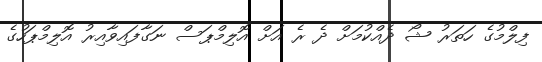
ފިލްމުގެ ހަތަރު ޝޯ ދެއްކުމަށް ދެ ރެ އަށް އޮލިމްޕަސް ނަގާފައިވާއިރު އޮލިމްޕަހުގެ